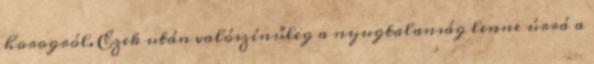
horogról. Ezek után valószínűleg a nyugtalanság lenne úrrá a